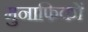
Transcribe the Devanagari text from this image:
मुनाफिकों